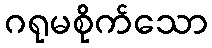
ဂရုမစိုက်သော